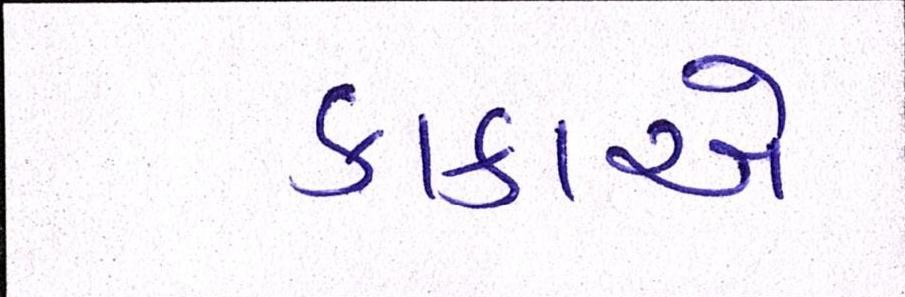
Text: કાકાએ